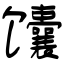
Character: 馕